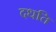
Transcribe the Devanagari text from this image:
दधति